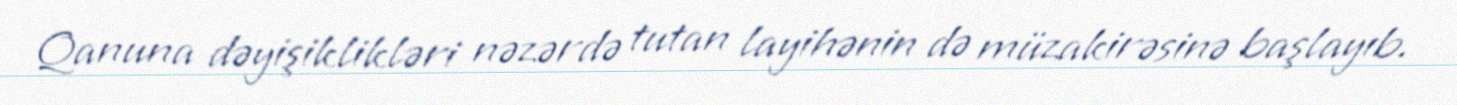
Qanuna dəyişiklikləri nəzərdə tutan layihənin də müzakirəsinə başlayıb.